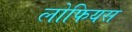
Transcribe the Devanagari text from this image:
लोफियस